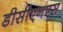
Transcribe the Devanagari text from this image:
डीसीएनएस